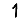
Digit: 1